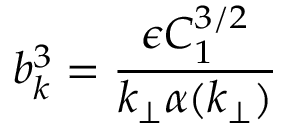
b _ { k } ^ { 3 } = \frac { \epsilon C _ { 1 } ^ { 3 / 2 } } { k _ { \perp } \alpha ( k _ { \perp } ) }